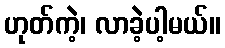
ဟုတ်ကဲ့၊ လာခဲ့ပါ့မယ်။